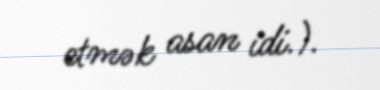
etmək asan idi.).